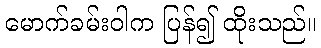
မောက်ခမ်းဝါက ပြန်၍ ထိုးသည်။